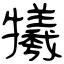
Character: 犧